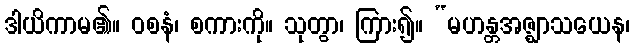
ဒါယိကာမ၏။ ဝစနံ၊ စကားကို။ သုတွာ၊ ကြား၍။ “မဟန္တအဇ္ဈာသယေန၊